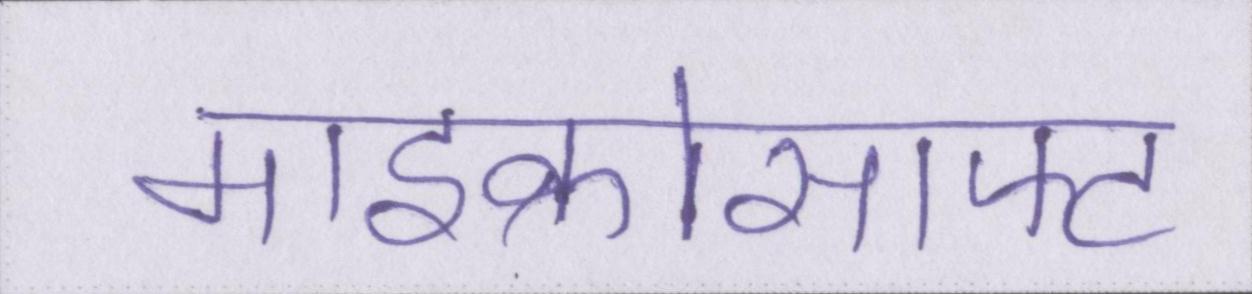
माइक्रोसाफ्ट